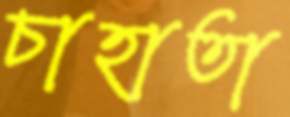
চাহাতা